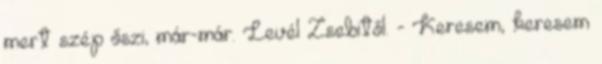
mert szép őszi, már-már. Levél Zsebitől. - Keresem, keresem